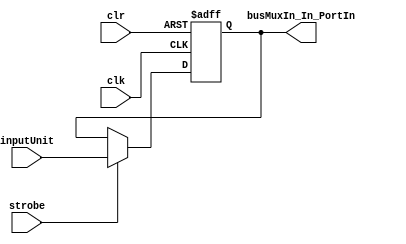
module inputPort #(parameter VAL = 0)(input clk, clr, strobe, input [31:0] inputUnit, output reg [31:0] busMuxIn_In_PortIn);
    always@(posedge clk or negedge clr)
    begin
        if(clr == 0) busMuxIn_In_PortIn <= 0;
        else if(strobe) busMuxIn_In_PortIn <= inputUnit;
    end
    initial busMuxIn_In_PortIn = VAL; // assigns initial value
endmodule